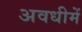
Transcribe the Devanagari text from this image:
अवधीमें